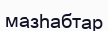
мазһабтар